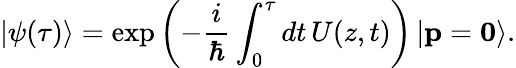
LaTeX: \left|\psi(\tau)\right>=\exp\left(-\frac{i}{\hbar}\int_{0}^{\tau}dt\, U(z,t)\right)\left|\mathbf{p}=\mathbf{0}\right>.